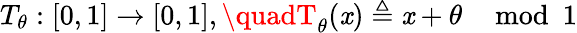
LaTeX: T_{\theta}:[0,1]\rightarrow[0,1],\quadT_{\theta}(\mathit{x})\triangleq\mathit{x}+\theta\mod1